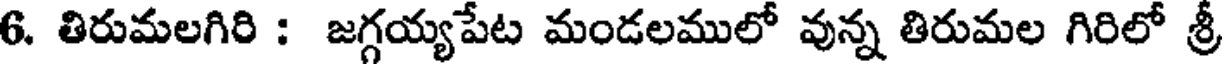
6. తిరుమలగిరి : జగ్గయ్యపేట మండలములో వున్న తిరుమల గిరిలో శ్రీ